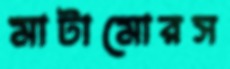
মাটামোরস